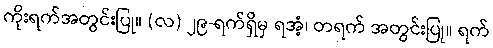
ကိုးရက်အတွင်းပြု။ (လ) ၂၉-ရက်ရှိမှ ရအံ့၊ တရက် အတွင်းပြု။ ရက်